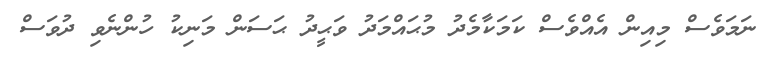
ނަމަވެސް މިއިން އެއްވެސް ކަމަކާމެދު މުޙައްމަދު ވަޙީދު ޙަސަން މަނިކު ހުންނެވި ދުވަސް